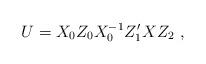
LaTeX: \begin{align*}U = X_0Z_0X_0^{-1}Z_1'XZ_2 \ ,\end{align*}